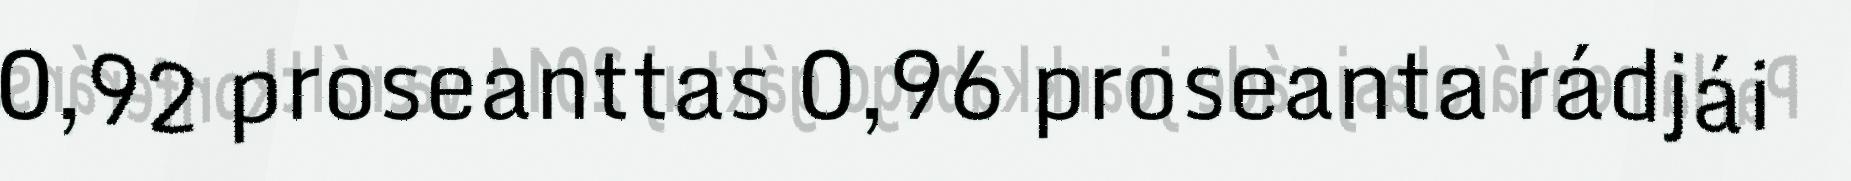
0,92 proseanttas 0,96 proseanta rádjái